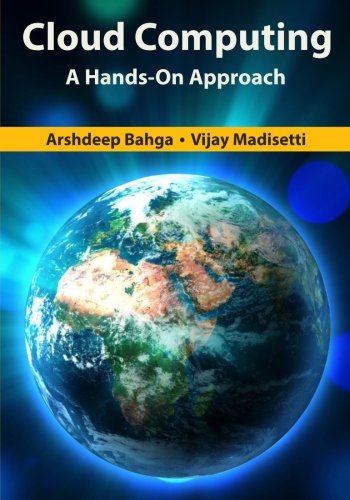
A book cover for Cloud Computing: A Hands-On Approach; Arshdeep Bahga; Computers & Technology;